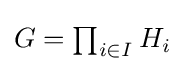
{\textstyle G=\prod _{i\in I}H_{i}}